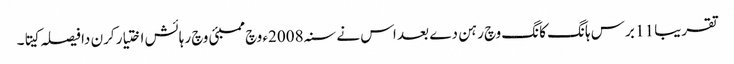
تقریبا 11 برس ہانگ کانگ وچ رہن دے بعد اس نے سنہ 2008ء وچ ممبئی وچ رہائش اختیار کرن دا فیصلہ کیتا۔